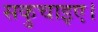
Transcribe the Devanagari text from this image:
सकुचाइए।